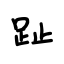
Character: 趾